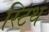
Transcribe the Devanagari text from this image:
स्टिथ